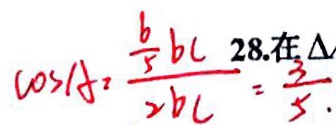
\cos A = \frac { \frac { 6 } { 5 } b c } { 2 b c } = \frac { 3 } { 5 }